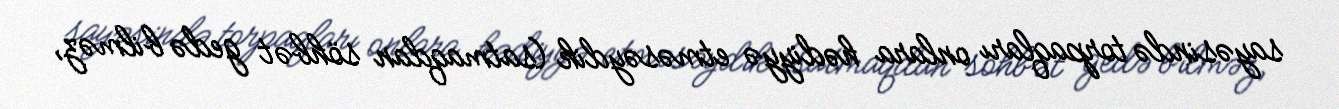
sayəsində torpaqları onlara hədiyyə etməsəydik (satmaqdan söhbət gedə bilməz,